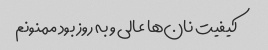
کیفیت نان‌ها عالی و به روز بود ممنونم